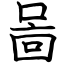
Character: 啚